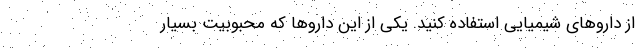
از داروهای شیمیایی استفاده کنید. یکی از این داروها که محبوبیت بسیار